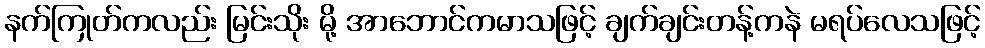
နက်ကြုတ်ကလည်း မြင်းသိုး မို့ အာဘောင်ကမာသဖြင့် ချက်ချင်းတန့်ကနဲ မရပ်လေသဖြင့်